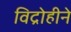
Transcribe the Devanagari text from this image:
विद्रोहीने